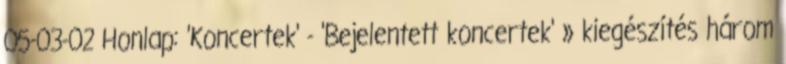
05-03-02 Honlap: 'Koncertek' - 'Bejelentett koncertek' » kiegészítés három